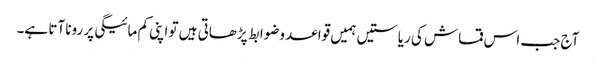
آج جب اس قماش کی ریاستیں ہمیں قواعد وضوابط پڑھاتی ہیں تو اپنی کم مائیگی پر رونا آتا ہے۔